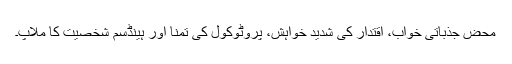
محض جذباتی خواب، اقتدار کی شدید خواہش، پروٹوکول کی تمنا اور ہینڈسم شخصیت کا ملاپ۔